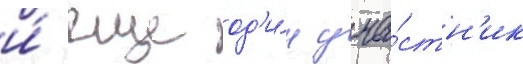
и́ еще од'и́н уча́стн'ик